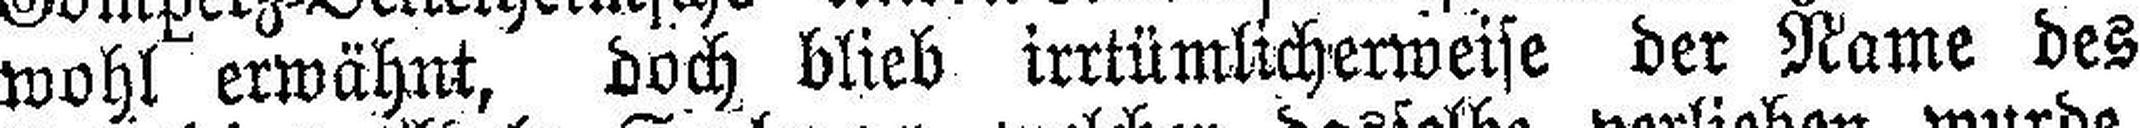
wohl erwähnt, doch blieb irrtümlicherweise der Name des